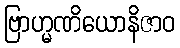
ဗြာဟ္မဏိယောနိဇာဝ